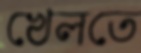
খেলতে